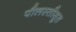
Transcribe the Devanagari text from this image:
पौलस्तीसुत